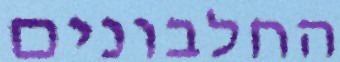
החלבונים